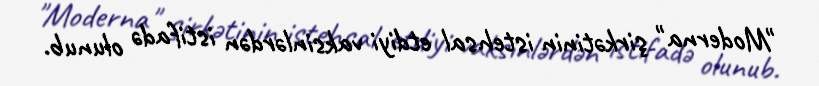
"Moderna" şirkətinin istehsal etdiyi vaksinlərdən istifadə olunub.